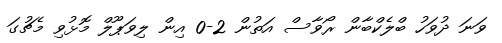
ވަނަ ދުވަހު ބްލެކްބާން ރޯވާސް އަތުން 2-0 އިން ލިވަޕޫލް މޮޅުވި މެޗުގަ